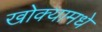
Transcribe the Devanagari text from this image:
खोक्यामधे